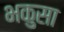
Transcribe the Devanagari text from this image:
भकुसा